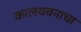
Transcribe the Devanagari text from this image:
कालयवनाचा